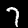
Label: 7